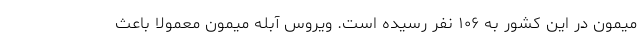
میمون در این کشور به ۱۰۶ نفر رسیده است. ویروس آبله میمون معمولا باعث